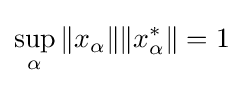
\sup _{\alpha }\|x_{\alpha }\|\|x_{\alpha }^{*}\|=1